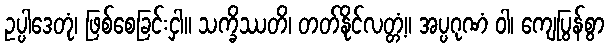
ဥပ္ပါဒေတုံ၊ ဖြစ်စေခြင်းငှါ။ သက္ခိဿတိ၊ တတ်နိုင်လတ္တံ့။ အပ္ပဂုဏံ ဝါ၊ ကျေပြွန်စွာ